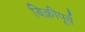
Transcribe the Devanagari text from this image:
बिक्रीपूर्व